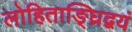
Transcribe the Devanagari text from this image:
लोहिताङ्घ्रिद्वयं